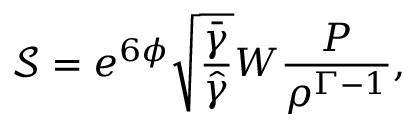
\mathcal { S } = e ^ { 6 \phi } \sqrt { \frac { \bar { \gamma } } { \hat { \gamma } } } W \frac { P } { \rho ^ { \Gamma - 1 } } ,